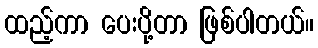
ထည့်ကာ ပေးပို့တာ ဖြစ်ပါတယ်။